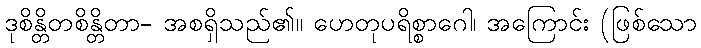
ဒုစိန္တိတစိန္တိတာ- အစရှိသည်၏။ ဟေတုပရိစ္စာဂေါ၊ အကြောင်း (ဖြစ်သော